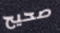
صحيح